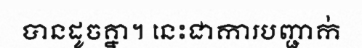
បានដូចគ្នា។ នេះជាការបញ្ជាក់